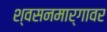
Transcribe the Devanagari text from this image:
श्वसनमार्गावर